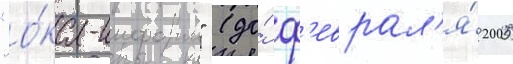
"о́ка-информ" (до́ ф'еврал'я́ 2005